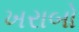
ખરાબો